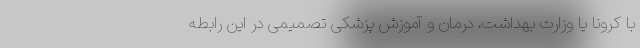
با کرونا یا وزارت بهداشت، درمان و آموزش پزشکی تصمیمی در این رابطه